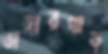
ভাঙ্গারপাড়